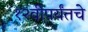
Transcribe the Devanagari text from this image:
१२वीपर्यंतचे